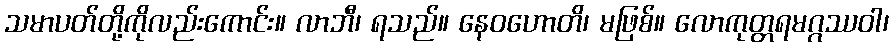
သမာပတ်တို့ကိုလည်းကောင်း။ လာဘီ၊ ရသည်။ နေဝဟောတိ၊ မဖြစ်။ လောကုတ္တရမဂ္ဂဿဝါ၊